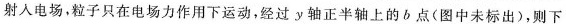
射入电场，粒子只在电场力作用下运动，经过y轴正半轴上的b点(图中未标出)，则下